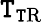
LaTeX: \mathtt{T}_{\mathrm{{\mathtt{T}R}}}